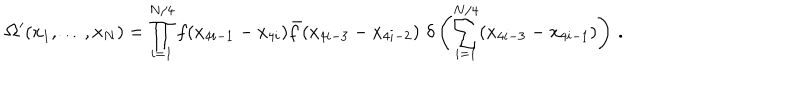
{ \bf \Omega } ^ { \prime } ( x _ { 1 } , \ldots , x _ { N } ) = \prod _ { i = 1 } ^ { N / 4 } f ( x _ { 4 i - 1 } - x _ { 4 i } ) \bar { f } ( x _ { 4 i - 3 } - x _ { 4 i - 2 } ) \, \, \delta \left( \sum _ { i = 1 } ^ { N / 4 } ( x _ { 4 i - 3 } - x _ { 4 i - 1 } ) \right) \, . \nonumber